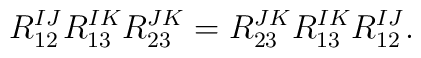
R_{12}^{IJ} R_{13}^{IK} R_{23}^{JK}=R_{23}^{JK} R_{13}^{IK} R_{12}^{IJ}.